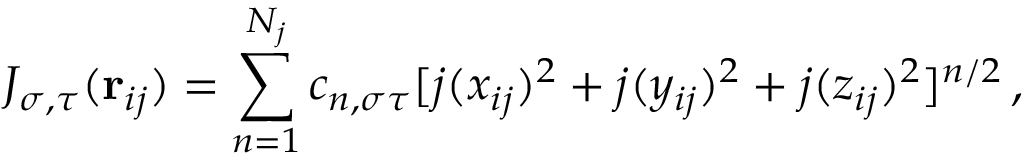
J _ { \sigma , \tau } ( \mathbf { r } _ { i j } ) = \sum _ { n = 1 } ^ { N _ { j } } c _ { n , \sigma \tau } [ j ( x _ { i j } ) ^ { 2 } + j ( y _ { i j } ) ^ { 2 } + j ( z _ { i j } ) ^ { 2 } ] ^ { n / 2 } \, ,